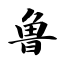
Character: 鲁